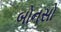
બોનસો